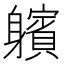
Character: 𨊕